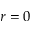
r = 0